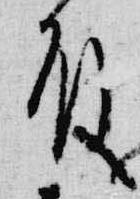
殿